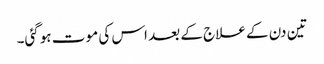
تین دن کے علاج کے بعد اس کی مو ت ہوگئی۔